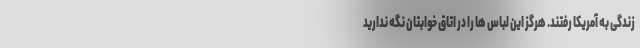
زندگی به آمریکا رفتند. هرگز این لباس ها را در اتاق خوابتان نگه ندارید